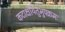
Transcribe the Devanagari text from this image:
कटाक्षयितुभुपक्रमः